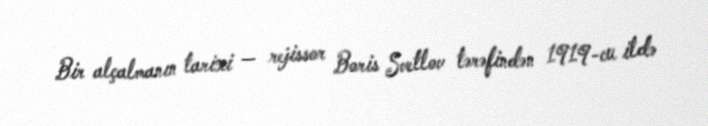
Bir alçalmanın tarixi — rejissor Boris Svetlov tərəfindən 1919-cu ildə